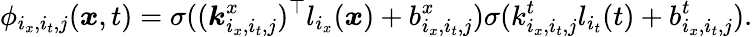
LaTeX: \phi_{i_{x},i_{t},j}(\boldsymbol{x},t)=\sigma((\boldsymbol{k}_{i_{x},i_{t},j}^{x})^{\top}l_{i_{x}}(\boldsymbol{x})+b_{i_{x},i_{t},j}^{x})\sigma(k_{i_{x},i_{t},j}^{t}l_{i_{t}}(t)+b_{i_{x},i_{t},j}^{t}).